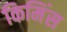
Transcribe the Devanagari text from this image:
किमिंस